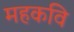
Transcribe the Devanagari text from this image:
महकवि